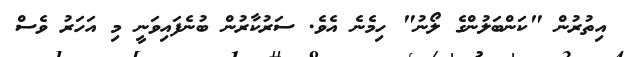
އިތުރުން "ކަންބަލުންގެ ލޯނު" ހިމެނެ އެވެ. ސަރުކާރުން ބުނެފައިވަނީ މި އަހަރު ވެސް